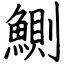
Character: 鰂